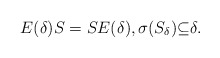
\begin{align*}E(\delta)S=SE(\delta),\sigma(S_{\delta}){\subseteq}\delta.\end{align*}